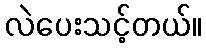
လဲပေးသင့်တယ်။